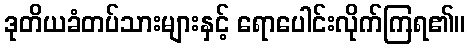
ဒုတိယခံတပ်သားများနှင့် ရောပေါင်းလိုက်ကြရ၏။